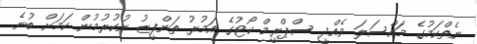
ނެތްކަމުގެ މައްސަލަ ވެއްދީ ސްޕްރީމް ކޯޓުގެ އަމުރު ތަންފީޒު ނުކުރުމުން ކަމަށް ބުނެ